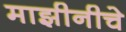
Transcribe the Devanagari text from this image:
माझीनीचे